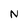
Character: N